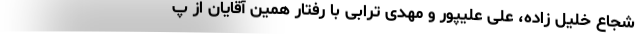
شجاع خلیل زاده، علی علیپور و مهدی ترابی با رفتار همین آقایان از پ